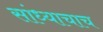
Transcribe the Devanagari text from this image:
सांध्याचाच